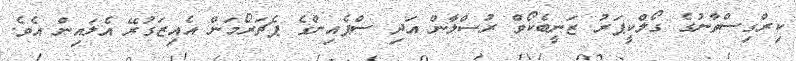
ކިރްގިސްތާނުގެ ގޯލްކީޕަރު ޒަނީބެކޯވް ރުސްލާން އަދި ސްޕެއިންގެ ޕެޗަރޯމަން އެއިޒަގުރޭ އެލައިން އެވެ.